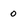
Character: 0